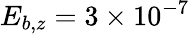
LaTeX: E_{b,z}=3\times 10^{-7}